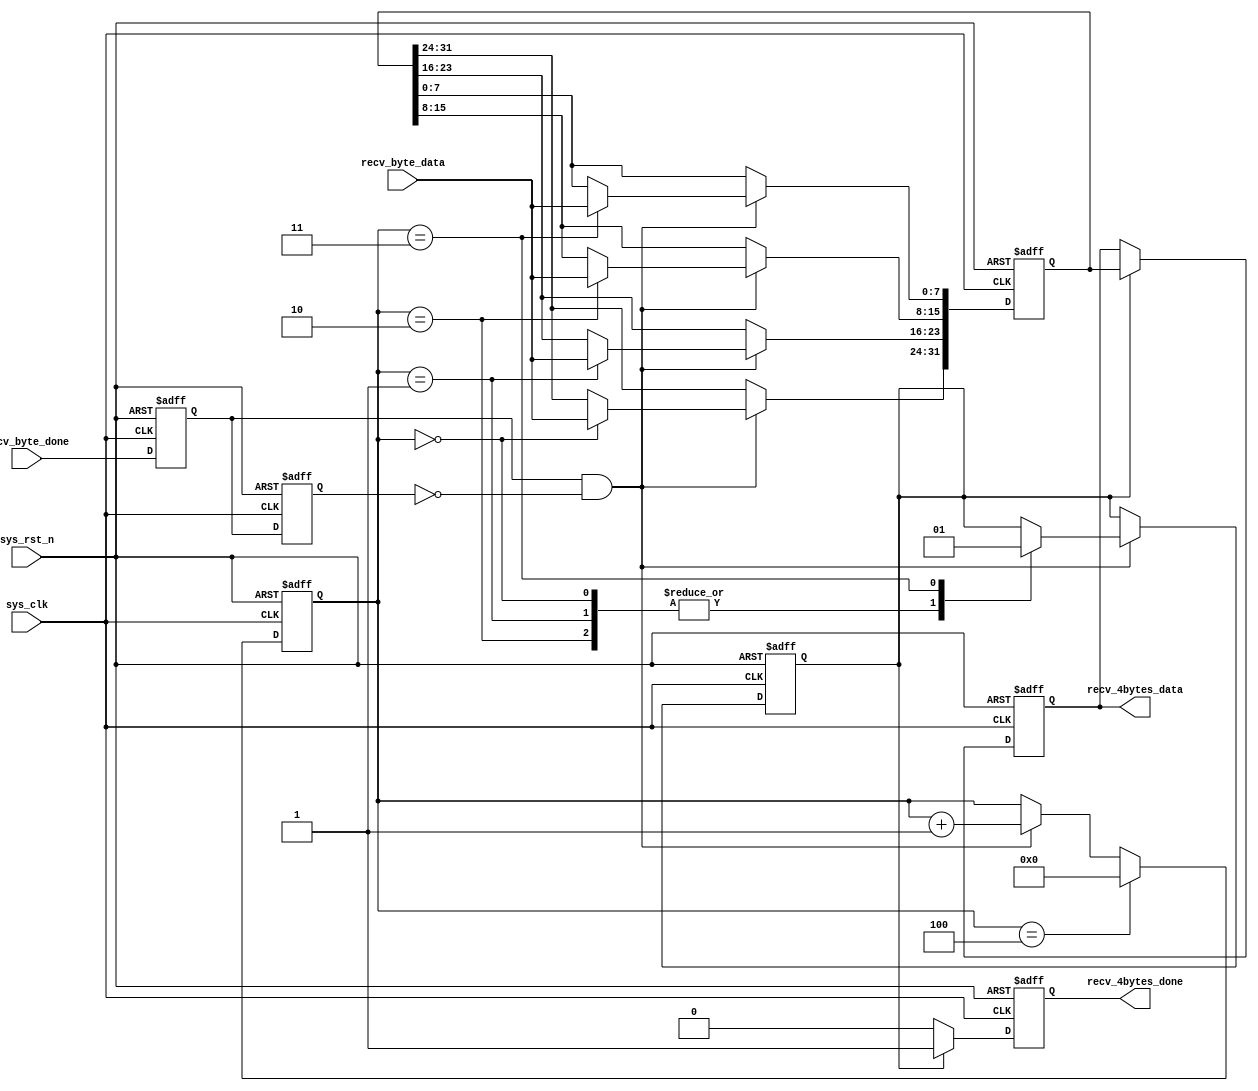
`timescale 1ns / 1ps
module uart_recv_cache(
    input sys_clk,
    input sys_rst_n,
    input [7:0] recv_byte_data,
    input recv_byte_done,
    output reg [31:0] recv_4bytes_data,
    output reg recv_4bytes_done);

    reg [3:0] recv_bytes_count;
    reg [31:0] data_cache;
    reg data_cache_ready;

    initial
    begin
        recv_bytes_count <= 0;
    end
    //capture posedge of recv_byte_done
    reg recv_byte_done_d0;
    reg recv_byte_done_d1;
    wire recv_byte_done_posedge;
    assign recv_byte_done_posedge = recv_byte_done_d0 & ~recv_byte_done_d1;
    always @(posedge sys_clk or negedge sys_rst_n) begin
        if(!sys_rst_n) begin
            recv_byte_done_d0 <= 1'b0;
            recv_byte_done_d1 <= 1'b0;
        end
        else begin
            recv_byte_done_d0 <= recv_byte_done;
            recv_byte_done_d1 <= recv_byte_done_d0;
        end
    end

    //set recv_bytes_count
    always @(posedge sys_clk or negedge sys_rst_n) begin
        if(!sys_rst_n) begin
            recv_bytes_count <= 4'b0;
        end
        else if(recv_bytes_count == 4'd4) begin
            recv_bytes_count <= 4'd0;
        end
        else if(recv_byte_done_posedge) begin
            recv_bytes_count <= recv_bytes_count + 4'd1;
        end
        else begin
            recv_bytes_count <= recv_bytes_count;
        end
    end

    //set data_cache and data_cache_ready
    always @(posedge sys_clk or negedge sys_rst_n) begin
        if(!sys_rst_n) begin
            data_cache <= 32'b0;
            data_cache_ready <= 1'b0;
        end
        else if(recv_byte_done_posedge) begin
            case(recv_bytes_count)
//                4'd0: begin
//                    data_cache <= data_cache;
//                    data_cache_ready <= 1'b0;
//                end
                4'd0: begin
                    data_cache[31:24] <= recv_byte_data;    //order reversed
                    data_cache_ready <= 1'b0;
                end
                4'd1: begin
                    data_cache[23:16] <= recv_byte_data;
                    data_cache_ready <= 1'b0;
                end
                4'd2: begin
                    data_cache[15:8] <= recv_byte_data;
                    data_cache_ready <= 1'b0;
                end
                4'd3: begin
                    data_cache[7:0] <= recv_byte_data;
                    data_cache_ready <= 1'b1;
                end
                default: begin
                    data_cache <= data_cache;
                    data_cache_ready <= data_cache_ready;
                end
            endcase
        end
        else begin
            data_cache <= data_cache;
            data_cache_ready <= data_cache_ready;
        end
    end

    //set recv_4bytes_data
    always @(posedge sys_clk or negedge sys_rst_n) begin
        if(!sys_rst_n) begin
            recv_4bytes_data <= 32'b0;
            recv_4bytes_done <= 1'b0;
        end
        else if(data_cache_ready) begin
            recv_4bytes_done <= 1'b1;
            recv_4bytes_data <= data_cache;
        end
        else if(!data_cache_ready) begin
            recv_4bytes_done <= 1'b0;
            recv_4bytes_data <= recv_4bytes_data;
        end
        else begin
            recv_4bytes_data <= recv_4bytes_data;
            recv_4bytes_done <= recv_4bytes_done;
        end
    end
endmodule